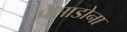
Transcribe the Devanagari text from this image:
पेसाडोना